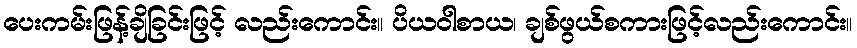
ပေးကမ်းဖြန့်ချိခြင်းဖြင့် လည်းကောင်း။ ပိယဝါစာယ၊ ချစ်ဖွယ်စကားဖြင့်လည်းကောင်း။